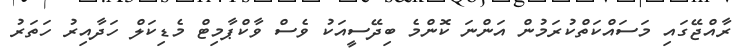
ރާއްޖޭގައި މަސައްކަތްކުރަމުން އަންނަ ކޮންމެ ބިދޭސީއަކު ވެސް ވާކްޕާމިޓް މެޑިކަލް ހަދާއިރު ހަތަރު